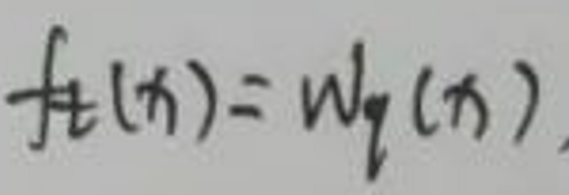
\[
f_{\pm}(x)=W_{\pm}(x)
\]